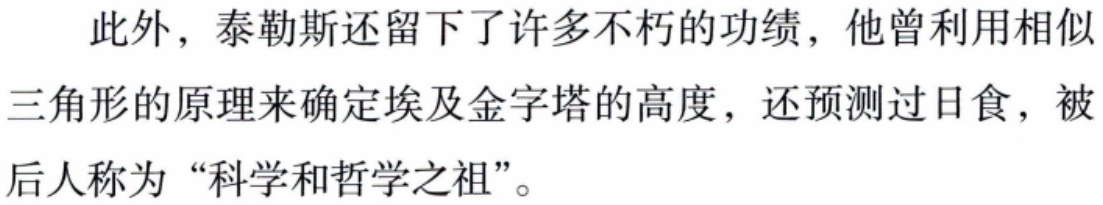
此外，泰勒斯还留下了许多不朽的功绩，他曾利用相似三角形的原理来确定埃及金字塔的高度，还预测过日食，被后人称为“科学和哲学之祖”。